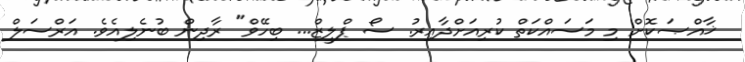
ޚާއްޞަކޮށް މި މަސައްކަތް ކުރިއަށްދާއިރު. ސޯ ޕްލީޒް... ބިހޭވް" ރާދިން ބުނެލިއެވެ. އަރްސަލް